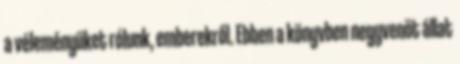
a véleményüket rólunk, emberekről. Ebben a könyvben negyvenöt állat